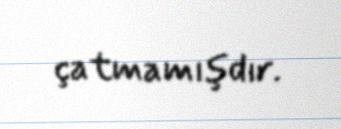
çatmamışdır.